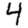
Digit: 4